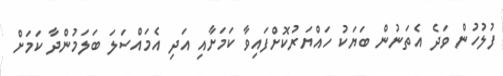
ފުލުހުން ވަދެ އެތަނުން ބަޔަކު ހައްޔަރުކޮށްފައިވާ ކަމަށާއި އަދި އެމައްސަލަ ބަލަމުންދާ ކަމަށް